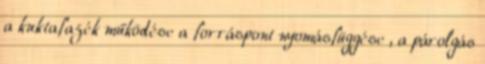
a kuktafazék működése a forráspont nyomásfüggése , a párolgás